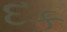
દક